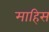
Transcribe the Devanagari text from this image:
माहिस